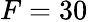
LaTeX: F=30